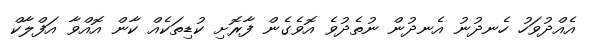
އެއްދުވަހު ހެނދުނު އެނދުން ނުތެދުވެ އޮވެގެން ފާރޮށި ކުޑިތަކެއް ކާން އޮއްވާ އަފްލާކް